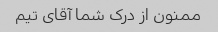
ممنون از درک شما آقای تیم